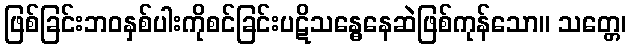
ဖြစ်ခြင်းဘဝနှစ်ပါးကိုစင်ခြင်းပဋိသန္ဓေနေဆဲဖြစ်ကုန်သော။ သတ္တေ၊